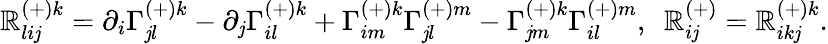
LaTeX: \mathbb{R}_{li\mathit{j}}^{(+)k}=\partial_{i}\Gamma_{\mathit{j}l}^{(+)k}-\partial_{\mathit{j}}\Gamma_{il}^{(+)k}+\Gamma_{im}^{(+)k}\Gamma_{\mathit{j}l}^{(+)m}-\Gamma_{\mathit{j}m}^{(+)k}\Gamma_{il}^{(+)m},\ \ \mathbb{R}_{i\mathit{j}}^{(+)}=\mathbb{R}_{ik\mathit{j}}^{(+)k}.